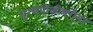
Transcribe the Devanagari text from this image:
पुरणपोळीबरोबर